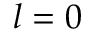
l = 0